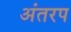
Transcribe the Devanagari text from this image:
अंतरप